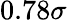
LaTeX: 0.78\sigma